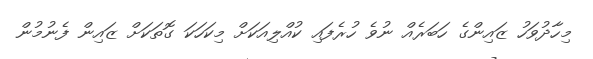
މިހާދުވަހު ޒައިންގެ ހަބަރެއް ނުވެ ހުރެފައި ކުއްލިއަކަށް މިކަހަކަ ގޮތަކަށް ޒައިން ފެނުމުން